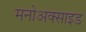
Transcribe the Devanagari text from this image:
मनोअक्‍साइड